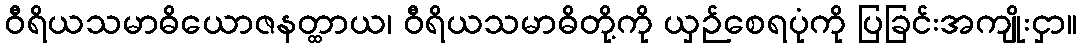
ဝီရိယသမာဓိယောဇနတ္ထာယ၊ ဝီရိယသမာဓိတို့ကို ယှဉ်စေရပုံကို ပြခြင်းအကျိုးငှာ။